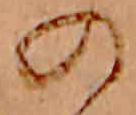
の